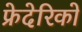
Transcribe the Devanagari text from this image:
फ्रेदेरिको